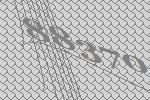
88370